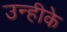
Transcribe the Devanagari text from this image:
उन्हीके